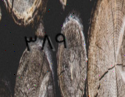
٣٨٩